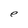
Character: e